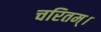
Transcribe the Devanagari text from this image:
चरितम्।